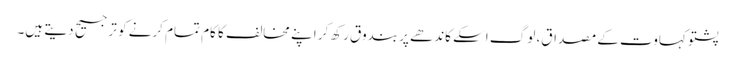
پشتو کہاوت کے مصداق، لوگ اسکے کاندھے پر بندوق رکھ کر اپنے مخالف کا کام تمام کرنے کو ترجیح دیتے ہیں۔